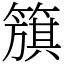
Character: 簱